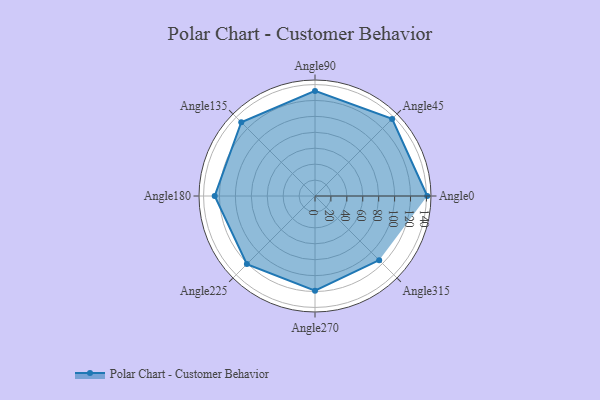
{"axis": {"x": "Angle", "y": "Radius"}, "legend": [""], "data": [{"x": "Angle0", "y": 141.0, "type": ""}, {"x": "Angle45", "y": 137.0, "type": ""}, {"x": "Angle90", "y": 132.0, "type": ""}, {"x": "Angle135", "y": 131.0, "type": ""}, {"x": "Angle180", "y": 126.0, "type": ""}, {"x": "Angle225", "y": 121.0, "type": ""}, {"x": "Angle270", "y": 119.0, "type": ""}, {"x": "Angle315", "y": 114.0, "type": ""}]}